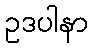
ဥဒပါနာ